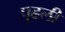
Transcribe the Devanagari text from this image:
पुढली